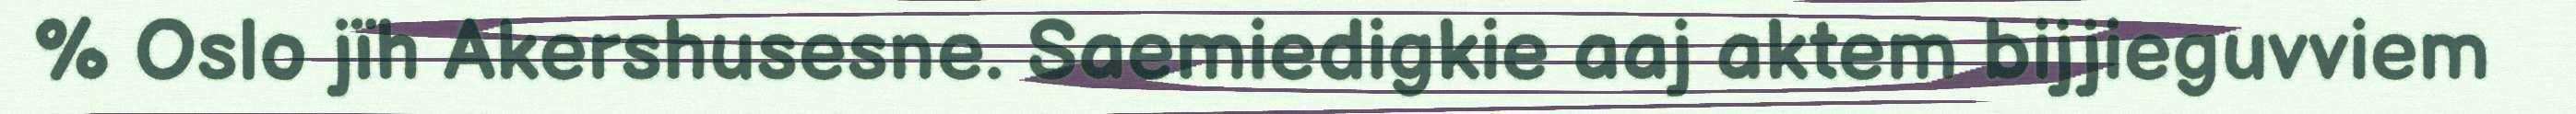
% Oslo jïh Akershusesne. Saemiedigkie aaj aktem bijjieguvviem